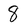
Character: 8